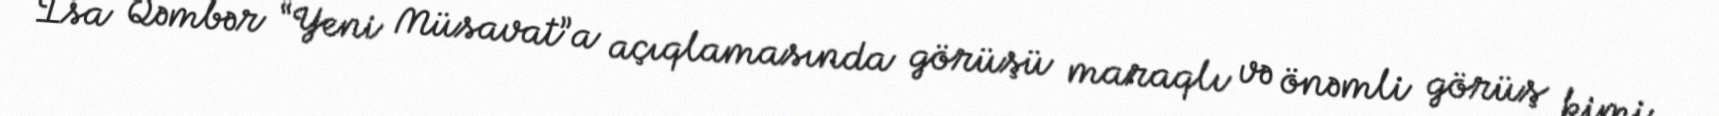
İsa Qəmbər “Yeni Müsavat”a açıqlamasında görüşü maraqlı və önəmli görüş kimi